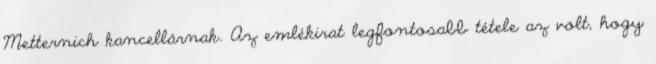
Metternich kancellárnak. Az emlékirat legfontosabb tétele az volt, hogy